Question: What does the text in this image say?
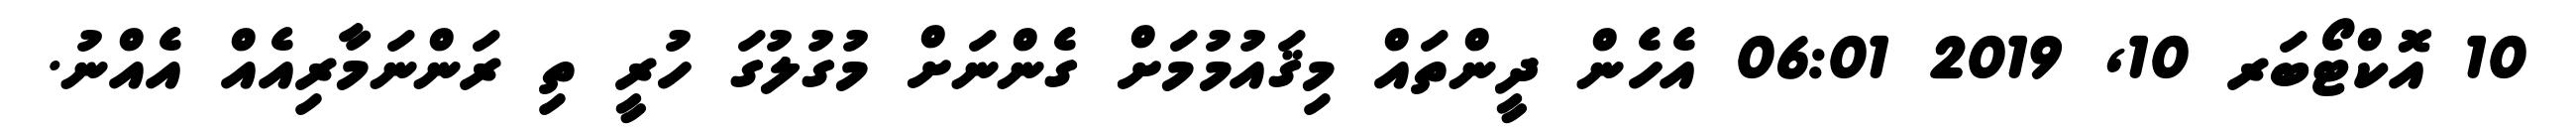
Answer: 10 އޮކްޓޯބަރ 10, 2019 06:01 އެހެން ދީންތައް މިޤައުމުމަށް ގެންނަށް މުގުލުގަ ހުރީ ތި ރަންނަމާރިއެއް އެއްނު.